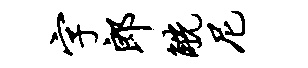
字郎觥尼